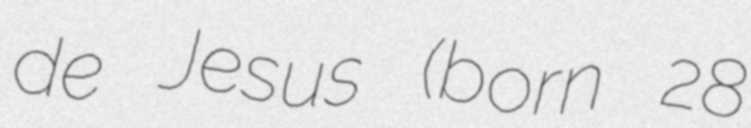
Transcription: de Jesus (born 28